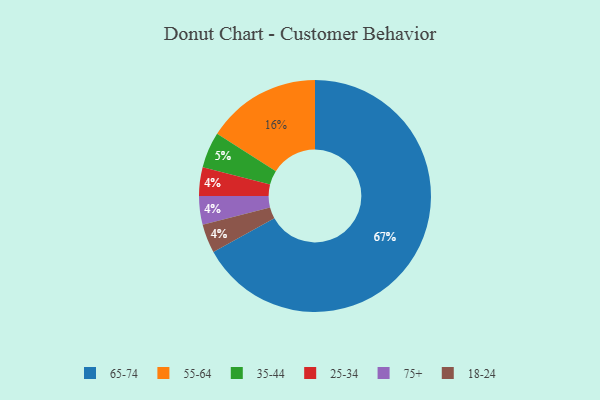
{"axis": {"x": "Category", "y": "Percentage"}, "legend": ["18-24", "25-34", "35-44", "55-64", "65-74", "75+"], "data": [{"x": "65-74", "y": 67, "type": "65-74"}, {"x": "35-44", "y": 5, "type": "35-44"}, {"x": "25-34", "y": 4, "type": "25-34"}, {"x": "75+", "y": 4, "type": "75+"}, {"x": "55-64", "y": 16, "type": "55-64"}, {"x": "18-24", "y": 4, "type": "18-24"}]}